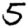
Digit: 5